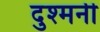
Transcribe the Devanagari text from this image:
दुश्‍मनी